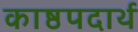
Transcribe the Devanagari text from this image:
काष्ठपदार्थ